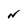
Character: N